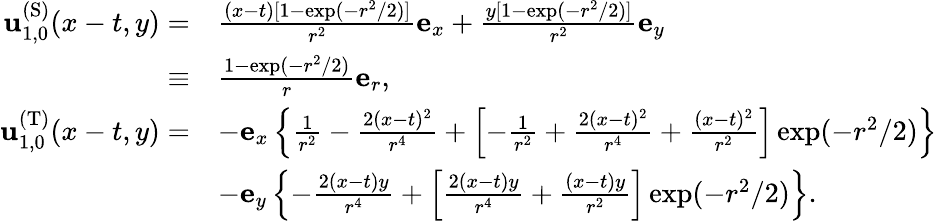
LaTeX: \begin{array}{rl}{\mathbf{u}_{1,0}^{\mathrm{(S)}}(x-t,y)=}&{\frac{(x-t)[1-\exp(-r^{2}/2)]}{r^{2}}\mathbf{e}_{x}+\frac{y[1-\exp(-r^{2}/2)]}{r^{2}}\mathbf{e}_{y}}\\ {\equiv}&{\frac{1-\exp(-r^{2}/2)}{r}\mathbf{e}_{r},}\\ {\mathbf{u}_{1,0}^{\mathrm{(T)}}(x-t,y)=}&{-\mathbf{e}_{x}\left\{ \frac{1}{r^{2}}-\frac{2(x-t)^{2}}{r^{4}}+\left[-\frac{1}{r^{2}}+\frac{2(x-t)^{2}}{r^{4}}+\frac{(x-t)^{2}}{r^{2}}\right]\exp(-r^{2}/2)\right\} }\\ &{-\mathbf{e}_{y}\left\{ -\frac{2(x-t)y}{r^{4}}+\left[\frac{2(x-t)y}{r^{4}}+\frac{(x-t)y}{r^{2}}\right]\exp(-r^{2}/2)\right\} .}\end{array}